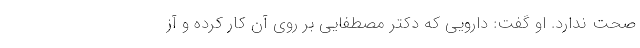
صحت ندارد. او گفت: دارویی که دکتر مصطفایی بر روی آن کار کرده و آز